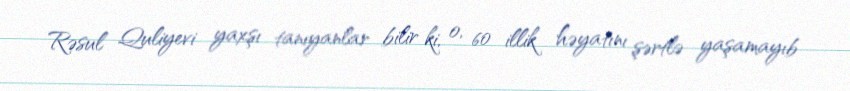
Rəsul Quliyevi yaxşı tanıyanlar bilir ki, o, 60 illik həyatını şərtlə yaşamayıb